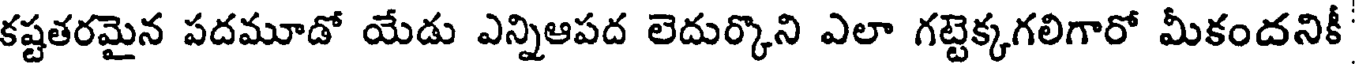
కష్టతరమైన పదమూడో యేడు ఎన్నిఆపద లెదుర్కొని ఎలా గట్టెక్కగలిగారో మీకందనికీ